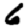
Digit: 6